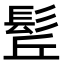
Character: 𩬡